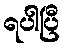
ရပါပြီ